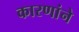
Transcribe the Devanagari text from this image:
कारणांने